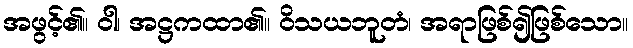
အဖွင့်၏။ ဝါ၊ အဋ္ဌကထာ၏။ ဝိသယဘူတံ၊ အရာဖြစ်၍ဖြစ်သော။